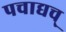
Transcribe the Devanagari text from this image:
पचाद्यच्